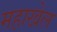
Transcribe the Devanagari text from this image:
महाखेल